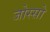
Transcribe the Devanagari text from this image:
जोस्सो